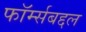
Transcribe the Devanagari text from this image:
फॉर्म्सबद्दल